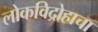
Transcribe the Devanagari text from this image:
लोकविद्रोहाचा